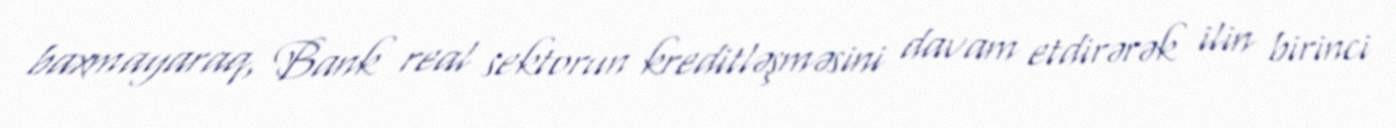
baxmayaraq, Bank real sektorun kreditləşməsini davam etdirərək ilin birinci